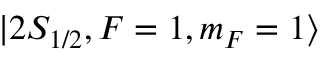
| 2 S _ { 1 / 2 } , F = 1 , m _ { F } = 1 \rangle